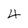
Character: 4